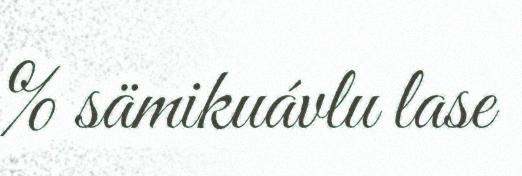
% sämikuávlu lase